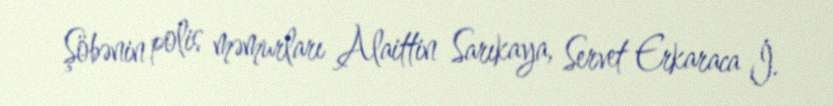
Şöbənin polis məmurları Alaittin Sarıkaya, Servet Erkaraca İ.